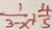
\frac { 1 } { 3 - x } + \frac { 4 } { 5 }